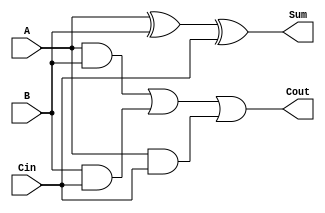
module ripple_carry_full_adder (
    input  wire A,      // First input bit
    input  wire B,      // Second input bit
    input  wire Cin,    // Carry-in bit
    output wire Sum,    // Resulting sum bit
    output wire Cout    // Carry-out bit
);

// Sum calculation using XOR operations
assign Sum = A ^ B ^ Cin;

// Carry-out calculation using AND and OR operations
assign Cout = (A & B) | (B & Cin) | (A & Cin);

endmodule